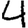
Digit: 4